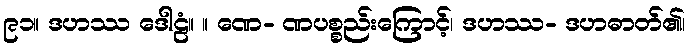
၉၁။ ဒဟဿ ဒေါဠံ။ ။ ဏေ- ဏပစ္စည်းကြောင့်၊ ဒဟဿ- ဒဟဓာတ်၏၊